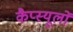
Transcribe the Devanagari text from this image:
कैप्स्यूलों